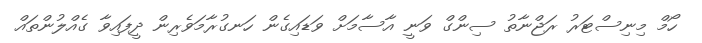
ހޯމް މިނިސްޓަރު ރަޖްނާތު ސިންގް ވަނީ އާސާމަށް ވަޑައިގެން ހަނގުރާމަވެރިން ދީފައިވާ ގެއްލުންތައް